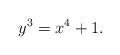
LaTeX: \begin{align*} y^3 = x^4+1.\end{align*}